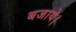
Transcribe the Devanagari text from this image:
बजाये।